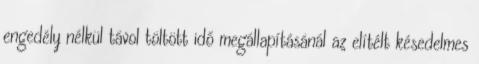
engedély nélkül távol töltött idő megállapításánál az elítélt késedelmes